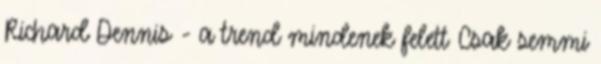
Richard Dennis - a trend mindenek felett Csak semmi